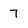
Character: 7